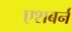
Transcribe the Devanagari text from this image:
एशबर्न